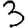
Digit: 3